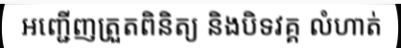
អញ្ជើញត្រួតពិនិត្យ និងបិទវគ្គ លំហាត់